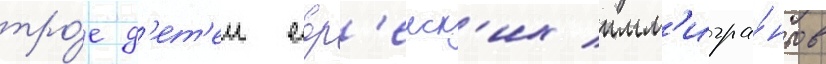
тро́е д'ет'еи евр'еиск'их имм'игра́нтов